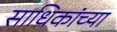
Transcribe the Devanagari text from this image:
साधिकांच्या